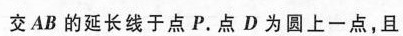
交AB的延长线于点P。点D为圆上一点，